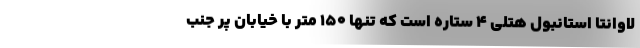
لاوانتا استانبول هتلی 4 ستاره است که تنها 150 متر با خیابان پر جنب